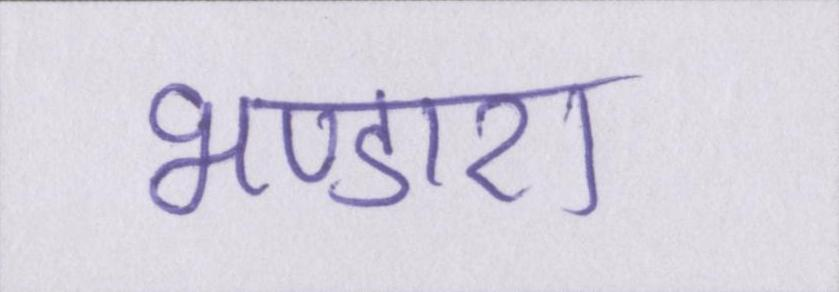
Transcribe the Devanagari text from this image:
भण्डारा